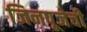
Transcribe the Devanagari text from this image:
जिनपूजेची